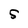
Character: S